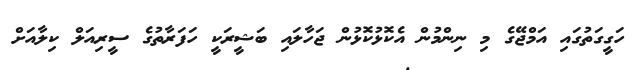
ހަގީގަތުގައި އަމްޖޭގެ މި ނިންމުން އެކޮޅުކޮޅުން ޖަހާލައި ބަޝީރަކީ ހަފަރާތުގެ ސީރިއަލް ކިލާއަށް